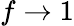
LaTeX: f\rightarrow 1